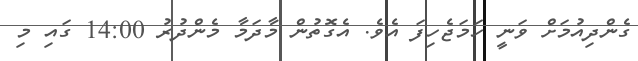
ގެންދިއުމަށް ވަނީ ހަމަޖެހިފަ އެވެ. އެގޮތުން މާދަމާ މެންދުރު 14:00 ގައި މި